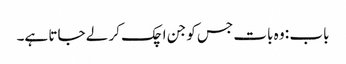
باب : وہ بات جس کو جن اچک کر لے جاتا ہے۔